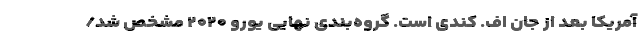
آمریکا بعد از جان اف. کندی است. گروه‌بندی نهایی یورو ۲۰۲۰ مشخص شد/